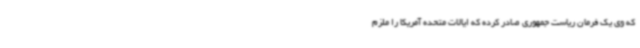
که وی یک فرمان ریاست جمهوری صادر کرده که ایالات متحده آمریکا را ملزم